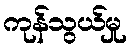
ကုန်သွယ်မှု